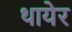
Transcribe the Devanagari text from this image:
थायेर